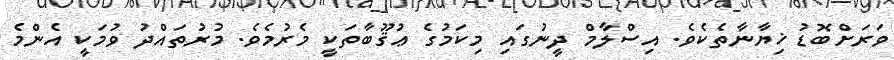
ވަރަށްބޮޑު ޚިޔާނާތެކެވެ. އިސްލާމް ދީނުގައި މިކަމުގެ ޢުޤޫބާތަކީ މެރުމެވެ. މުރުތައްދު ވުމަކީ އެންމެ